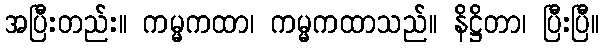
အပြီးတည်း။ ကမ္မကထာ၊ ကမ္မကထာသည်။ နိဋ္ဌိတာ၊ ပြီးပြီ။